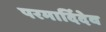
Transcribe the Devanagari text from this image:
परमार्दिदेव